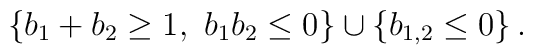
\left\{ b_{1}+b_{2}\geq 1,\ b_{1}b_{2}\leq 0\right\} \cup \left\{b_{1,2}\leq 0\right\} .